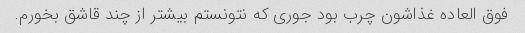
فوق العاده غذاشون چرب بود جوری که نتونستم بیشتر از چند قاشق بخورم.